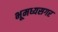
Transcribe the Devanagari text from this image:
भूमध्यसगर